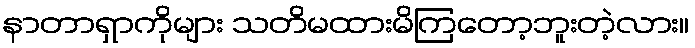
နာတာရှာကိုများ သတိမထားမိကြတော့ဘူးတဲ့လား။